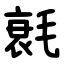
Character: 㲤